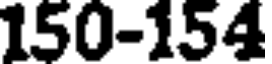
150-154